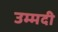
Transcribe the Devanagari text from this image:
उम्मदी